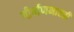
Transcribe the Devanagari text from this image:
गीर्वाणभारती